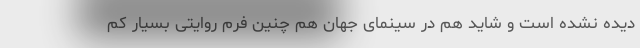
دیده نشده است و شاید هم در سینمای جهان هم چنین فرم روایتی بسیار کم